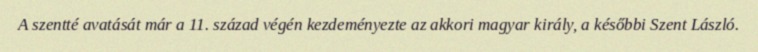
A szentté avatását már a 11. század végén kezdeményezte az akkori magyar király, a későbbi Szent László.